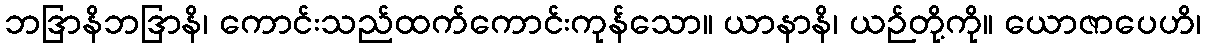
ဘဒြာနိဘဒြာနိ၊ ကောင်းသည်ထက်ကောင်းကုန်သော။ ယာနာနိ၊ ယဉ်တို့ကို။ ယောဇာပေဟိ၊